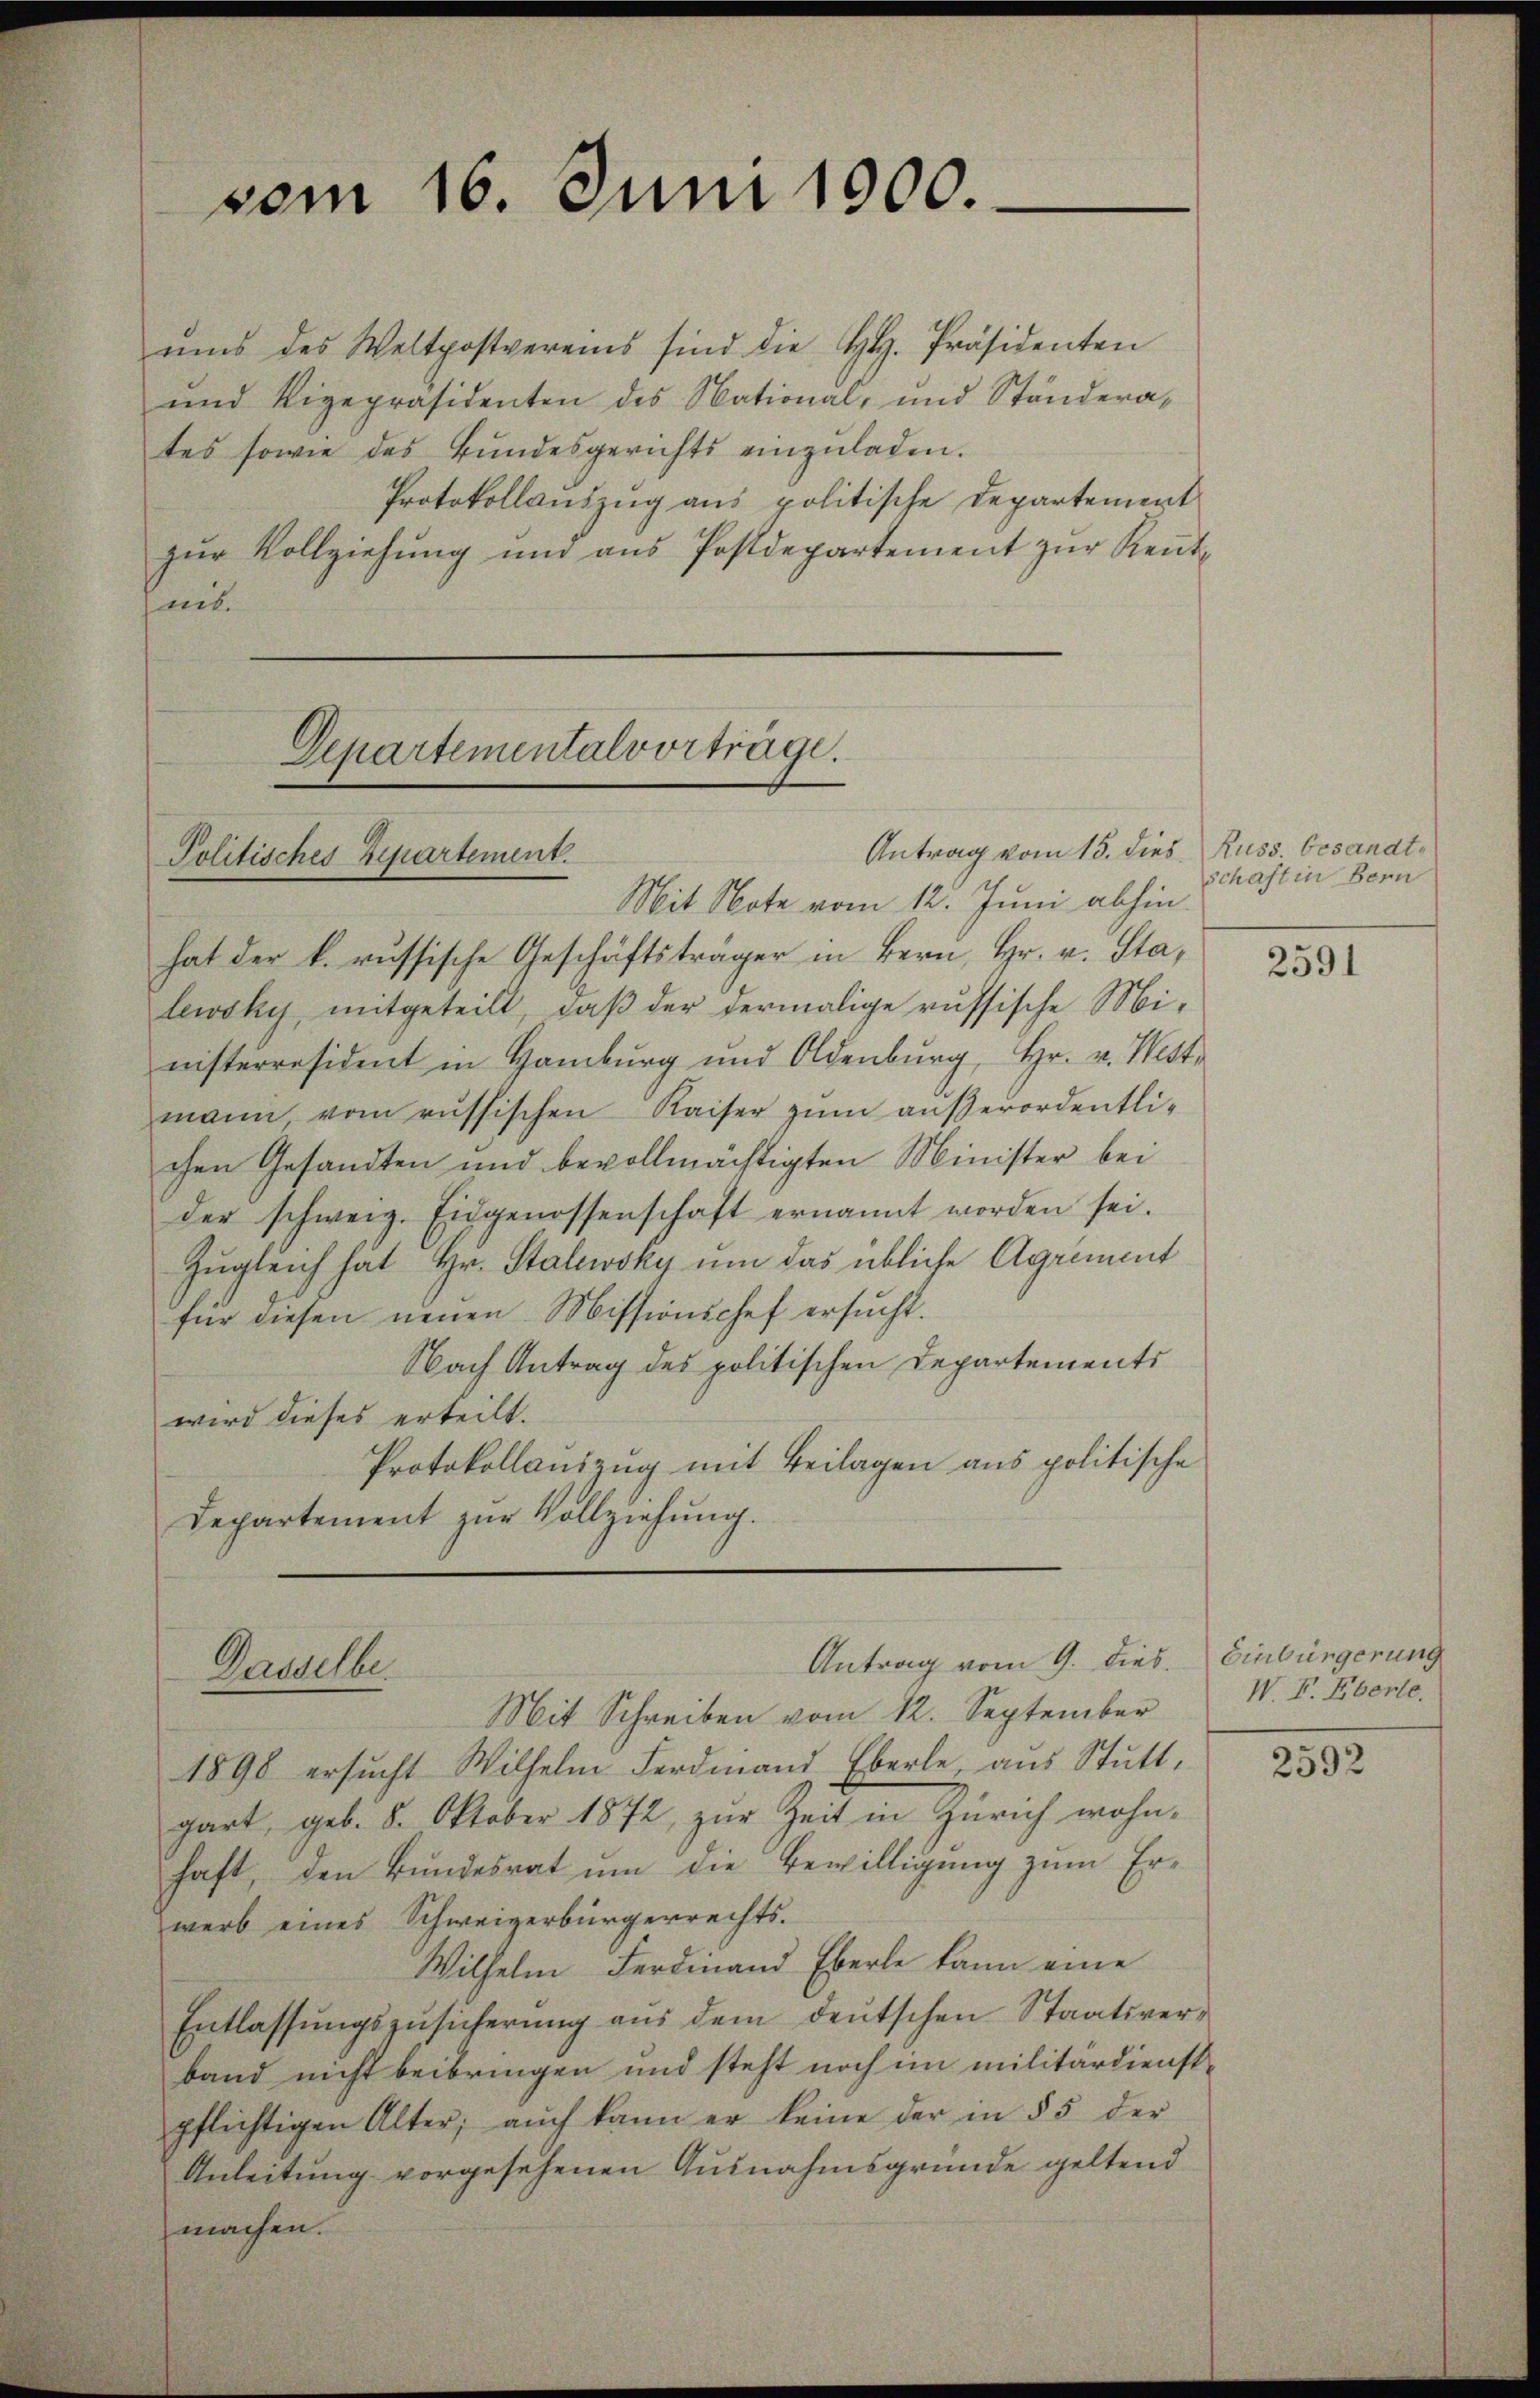
ŭms des Weltpostvereins sind die H. Präsidenten
und Vizepräsidenten des National, und Ständerates sowie des Bŭndesgerichts einzŭladen.
Protokollauszug aus politische Departement
zŭr Vollziehŭng und aŭs Postdepartement zŭr Keṅt-
hand

vom 16. Juni 1900.

Departementalvorträge.
Politisches Repartement.

Antrag vom 15. dies Russ. besandt¬
Mit Note vom 12. Juni abhin
hat der k. russische Geschäftsträger in Bern, Hr. v. Stalewsky, mitgeteilt, daß der dermalige russische Ministerresident in Hamburg und Oldenburg, Hr. v. West-
mann vom russischen Kaiser zŭm außerordentli-
chen Gesandten und bevollmächtigten Minister bei
der schweiz. Eidgenossenschaft ernannt worden sei.
Zugleich hat Hr. Stalewsky um das übliche Agriment
für diesen neuen Missionschef ersucht.
Nach Antrag des politischen Departements
wird dieses erteilt.
Protokollauszug mit Beilagen aus politische
Departement zŭr Vollziehung.

Antrag vom 9. dies. Einbürgerung
Dasselbe.

Mit Schreiben vom 12. September
1898 ersucht Wilhelm Ferdinand Eberle, aus Stutt,
gart, geb. 8. Oktober 1872 zur Zeit in Zürich wohn-
haft, den Bundesrat um die Bewilligung zum Erwerb eines Schweizerbürgerrechts.
Wilhelm Ferdinand Eberle kann eine
Entlassungszusicherung aus dem deutschen Staatsverband nicht beibringen und steht noch im militärdienstpflichtigen Alter; auch kann er keine der in § 5 der
Anleitung vorgesehenen Ausnahmsgründe geltend
machen.

schaft in Bern

2591

W. F. Eberle.

2592